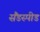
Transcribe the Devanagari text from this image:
सैंडस्‍पीड